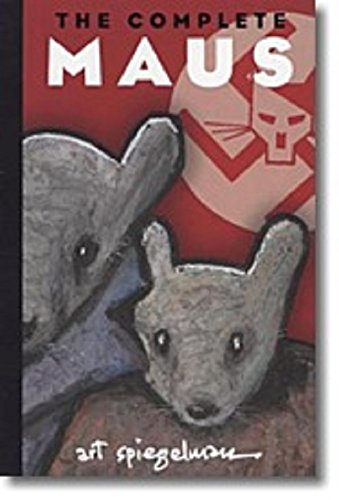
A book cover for The Complete Maus, 25th Anniversary Edition; Art Spiegelman; Comics & Graphic Novels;